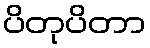
ပိတုပိတာ